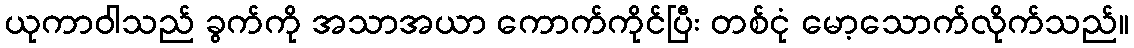
ယုကာဝါသည် ခွက်ကို အသာအယာ ကောက်ကိုင်ပြီး တစ်ငုံ မော့သောက်လိုက်သည်။